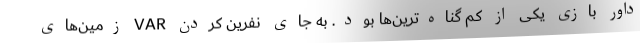
داور بازی یکی از کم گناه‌ترین‌ها بود. به جای نفرین کردن VAR زمین‌های